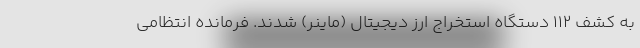
به کشف ۱۱۲ دستگاه استخراج ارز دیجیتال (ماینر) شدند. فرمانده انتظامی